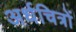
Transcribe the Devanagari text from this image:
अर्धचित्रों